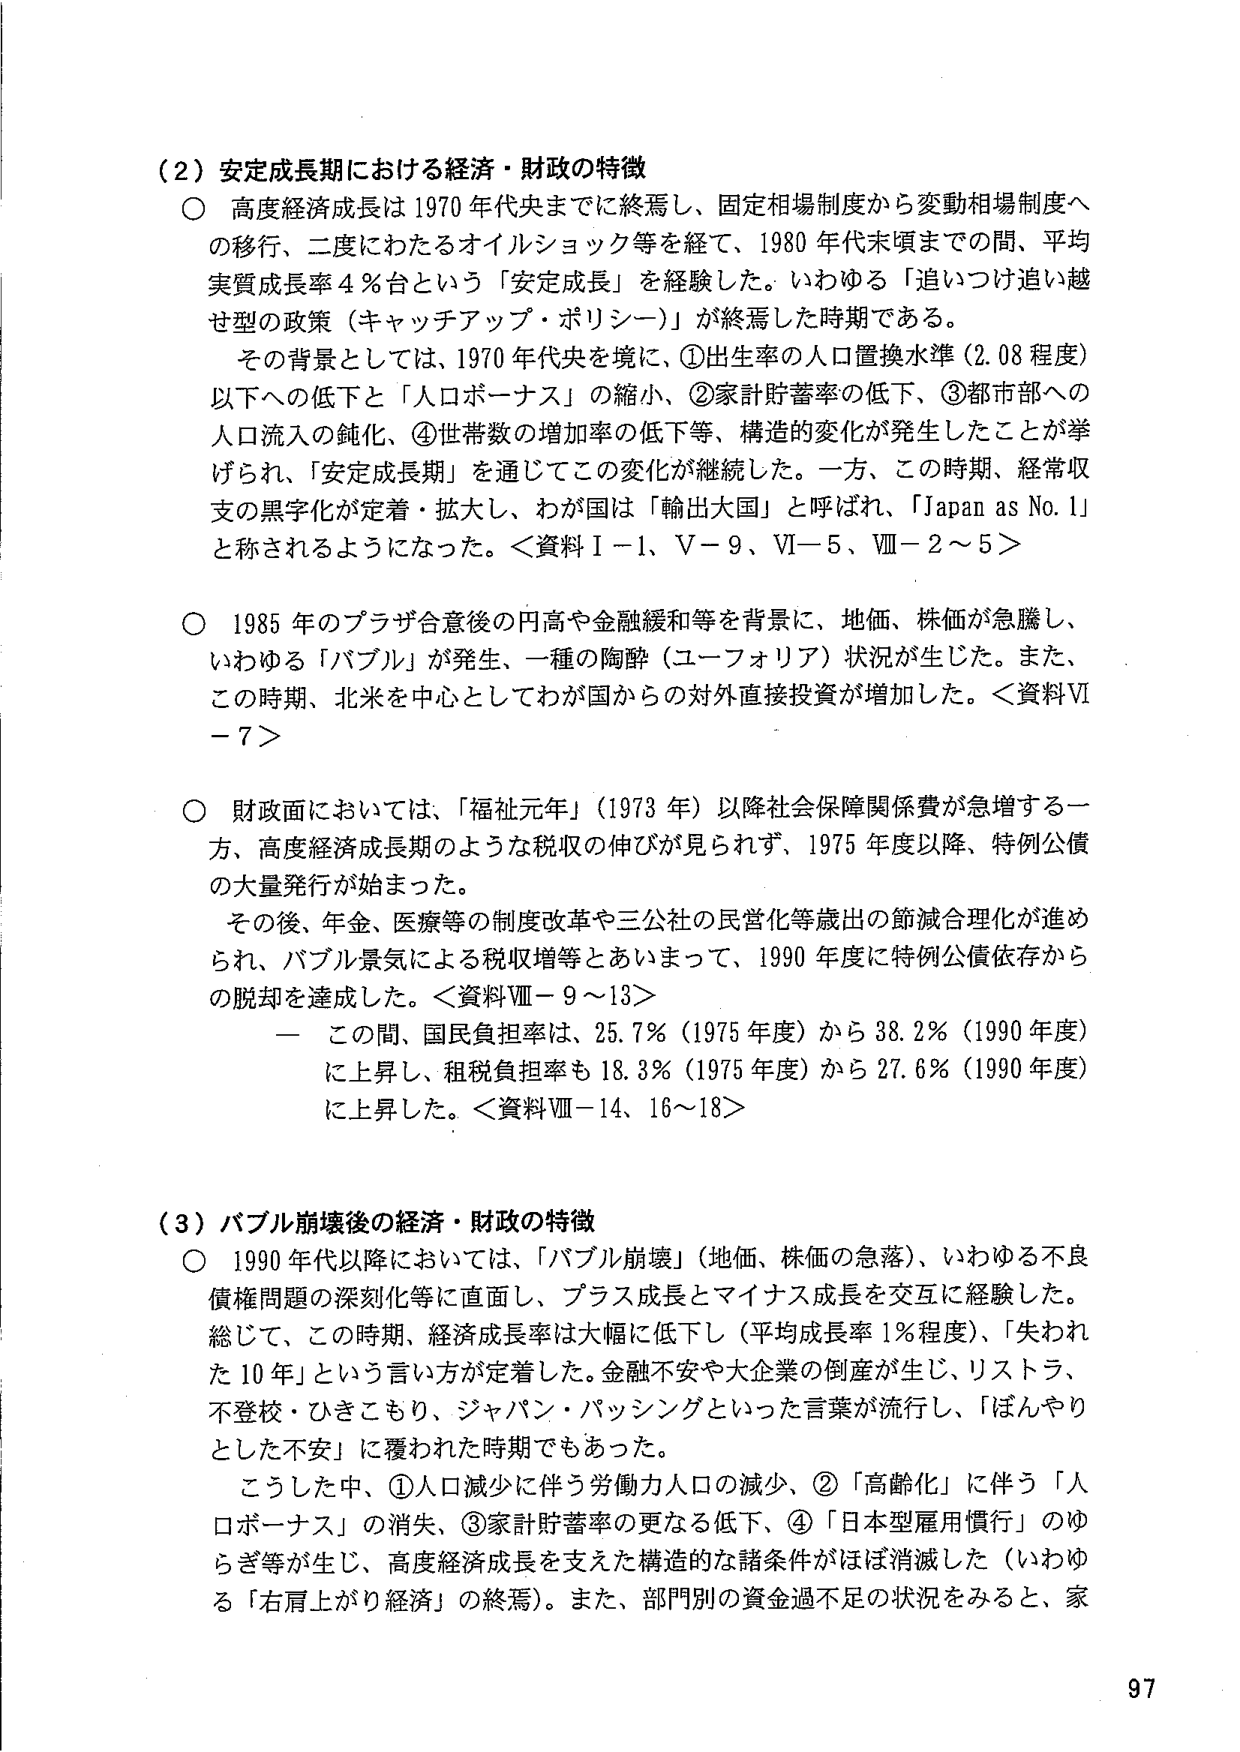
（2）安定成長期における経済・財政の特徴
○ 高度経済成長は1970年代央までに終焉し、固定相場制度から変動相場制度への移行、二度にわたるオイルショック等を経て、1980年代末頃までの間、平均実質成長率4％台という「安定成長」を経験した。いわゆる「追いつけ追い越せ型の政策（キャッチアップ・ポリシー）」が終焉した時期である。
　その背景としては、1970年代央を境に、①出生率の人口置換水準（2.08程度）以下への低下と「人口ボーナス」の縮小、②家計貯蓄率の低下、③都市部への人口流入の鈍化、④世帯数の増加率の低下等、構造的変化が発生したことが挙げられ、「安定成長期」を通じてこの変化が継続した。一方、この時期、経常収支の黒字化が定着・拡大し、わが国は「輸出大国」と呼ばれ、「Japan as No.1」と称されるようになった。＜資料Ⅰ－1、Ⅴ－9、Ⅵ－5、Ⅷ－2～5＞

○ 1985年のプラザ合意後の円高や金融緩和等を背景に、地価、株価が急騰し、いわゆる「バブル」が発生、一種の陶酔（ユーフォリア）状況が生じた。また、この時期、北米を中心としてわが国からの対外直接投資が増加した。＜資料Ⅵ－7＞

○ 財政面においては、「福祉元年」（1973年）以降社会保障関係費が急増する一方、高度経済成長期のような税収の伸びが見られず、1975年度以降、特例公債の大量発行が始まった。
　その後、年金、医療等の制度改革や三公社の民営化等歳出の節減合理化が進められ、バブル景気による税収増等とあいまって、1990年度に特例公債依存からの脱却を達成した。＜資料Ⅷ－9～13＞
　　－ この間、国民負担率は、25.7％（1975年度）から38.2％（1990年度）に上昇し、租税負担率も18.3％（1975年度）から27.6％（1990年度）に上昇した。＜資料Ⅷ－14、16～18＞

（3）バブル崩壊後の経済・財政の特徴
○ 1990年代以降においては、「バブル崩壊」（地価、株価の急落）、いわゆる不良債権問題の深刻化等に直面し、プラス成長とマイナス成長を交互に経験した。総じて、この時期、経済成長率は大幅に低下し（平均成長率1％程度）、「失われた10年」という言い方が定着した。金融不安や大企業の倒産が生じ、リストラ、不登校・ひきこもり、ジャパン・パッシングといった言葉が流行し、「ぼんやりとした不安」に覆われた時期でもあった。
　こうした中、①人口減少に伴う労働力人口の減少、②「高齢化」に伴う「人口ボーナス」の消失、③家計貯蓄率の更なる低下、④「日本型雇用慣行」のゆらぎ等が生じ、高度経済成長を支えた構造的な諸条件がほぼ消滅した（いわゆる「右肩上がり経済」の終焉）。また、部門別の資金過不足の状況をみると、家

97